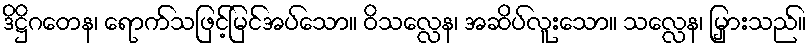
ဒိဋ္ဌိဂတေန၊ ရောက်သဖြင့်မြင်အပ်သော။ ဝိသလ္လေန၊ အဆိပ်လူးသော။ သလ္လေန၊ မြှားသည်။